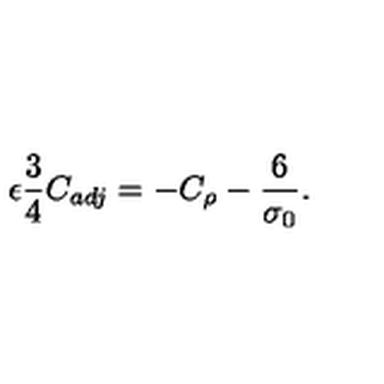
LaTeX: \epsilon \frac { 3 } { 4 } C _ { a d j } = - C _ { \rho } - \frac { 6 } { \sigma _ { 0 } } .